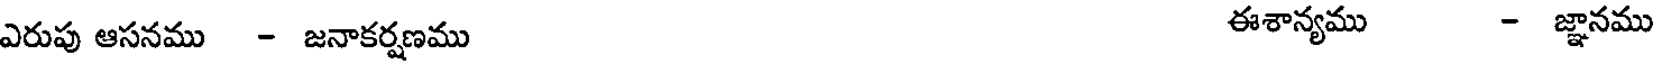
ఎరుపు ఆసనము - జనాకర్షణము ఈశాన్యము - జ్ఞానము